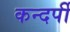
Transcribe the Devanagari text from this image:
कन्दर्पी